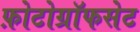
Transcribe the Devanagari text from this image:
फ़ोटोग्रॉफसेट